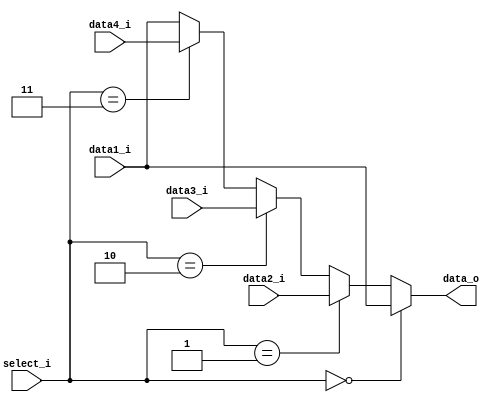
module MUX32W
(
    data1_i,
    data2_i,
    data3_i,
    data4_i,
    select_i,
    data_o
);

// Ports
input   [31:0]       data1_i;
input   [31:0]       data2_i;
input   [31:0]       data3_i;
input   [31:0]       data4_i;
input   [1:0]        select_i;
output  [31:0]       data_o;

assign data_o = (select_i == 2'b00) ? data1_i : 
                (select_i == 2'b01) ? data2_i : 
                (select_i == 2'b10) ? data3_i : 
                (select_i == 2'b11) ? data4_i : 
                data1_i;

endmodule